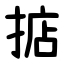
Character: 掂